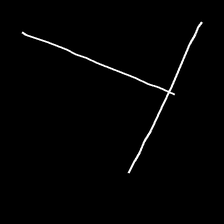
Glyph: column